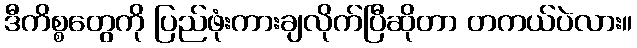
ဒီကိစ္စတွေကို ပြည်ဖုံးကားချလိုက်ပြီဆိုတာ တကယ်ပဲလား။